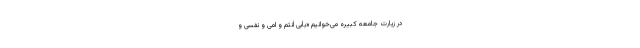
در زیارت جامعه کبیره می‌خوانیم «بِأبی أنْتُمْ وَ اُمّی وَ نَفْسی وَ